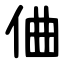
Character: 㑋